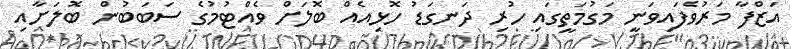
އަޒްފާ މަރުވެފައިވަނީ މަގުމަތީގައި ހުރި ދަނގަޑު ހޮޅިއެއް ބޮލަށް ވެއްޓުމުގެ ސަބަބުން ބޮލަށާއި